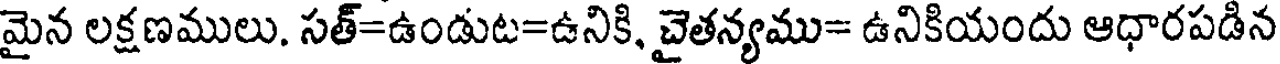
మైన లక్షణములు. సత్=ఉండుట=ఉనికి, చైతన్యము= ఉనికియందు ఆధారపడిన